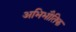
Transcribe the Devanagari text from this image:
अभिभौतिक